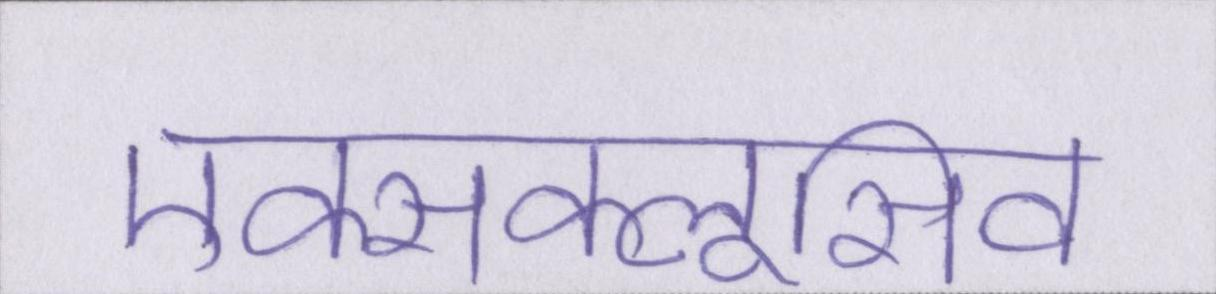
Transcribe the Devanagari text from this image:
एक्सक्लूसिव